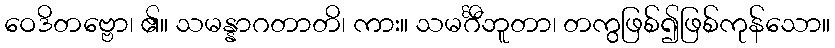
ဝေဒိတဗ္ဗော၊ ၏။ သမန္နာဂတာတိ၊ ကား။ သမင်္ဂီဘူတာ၊ တကွဖြစ်၍ဖြစ်ကုန်သော။